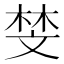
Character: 𫿱